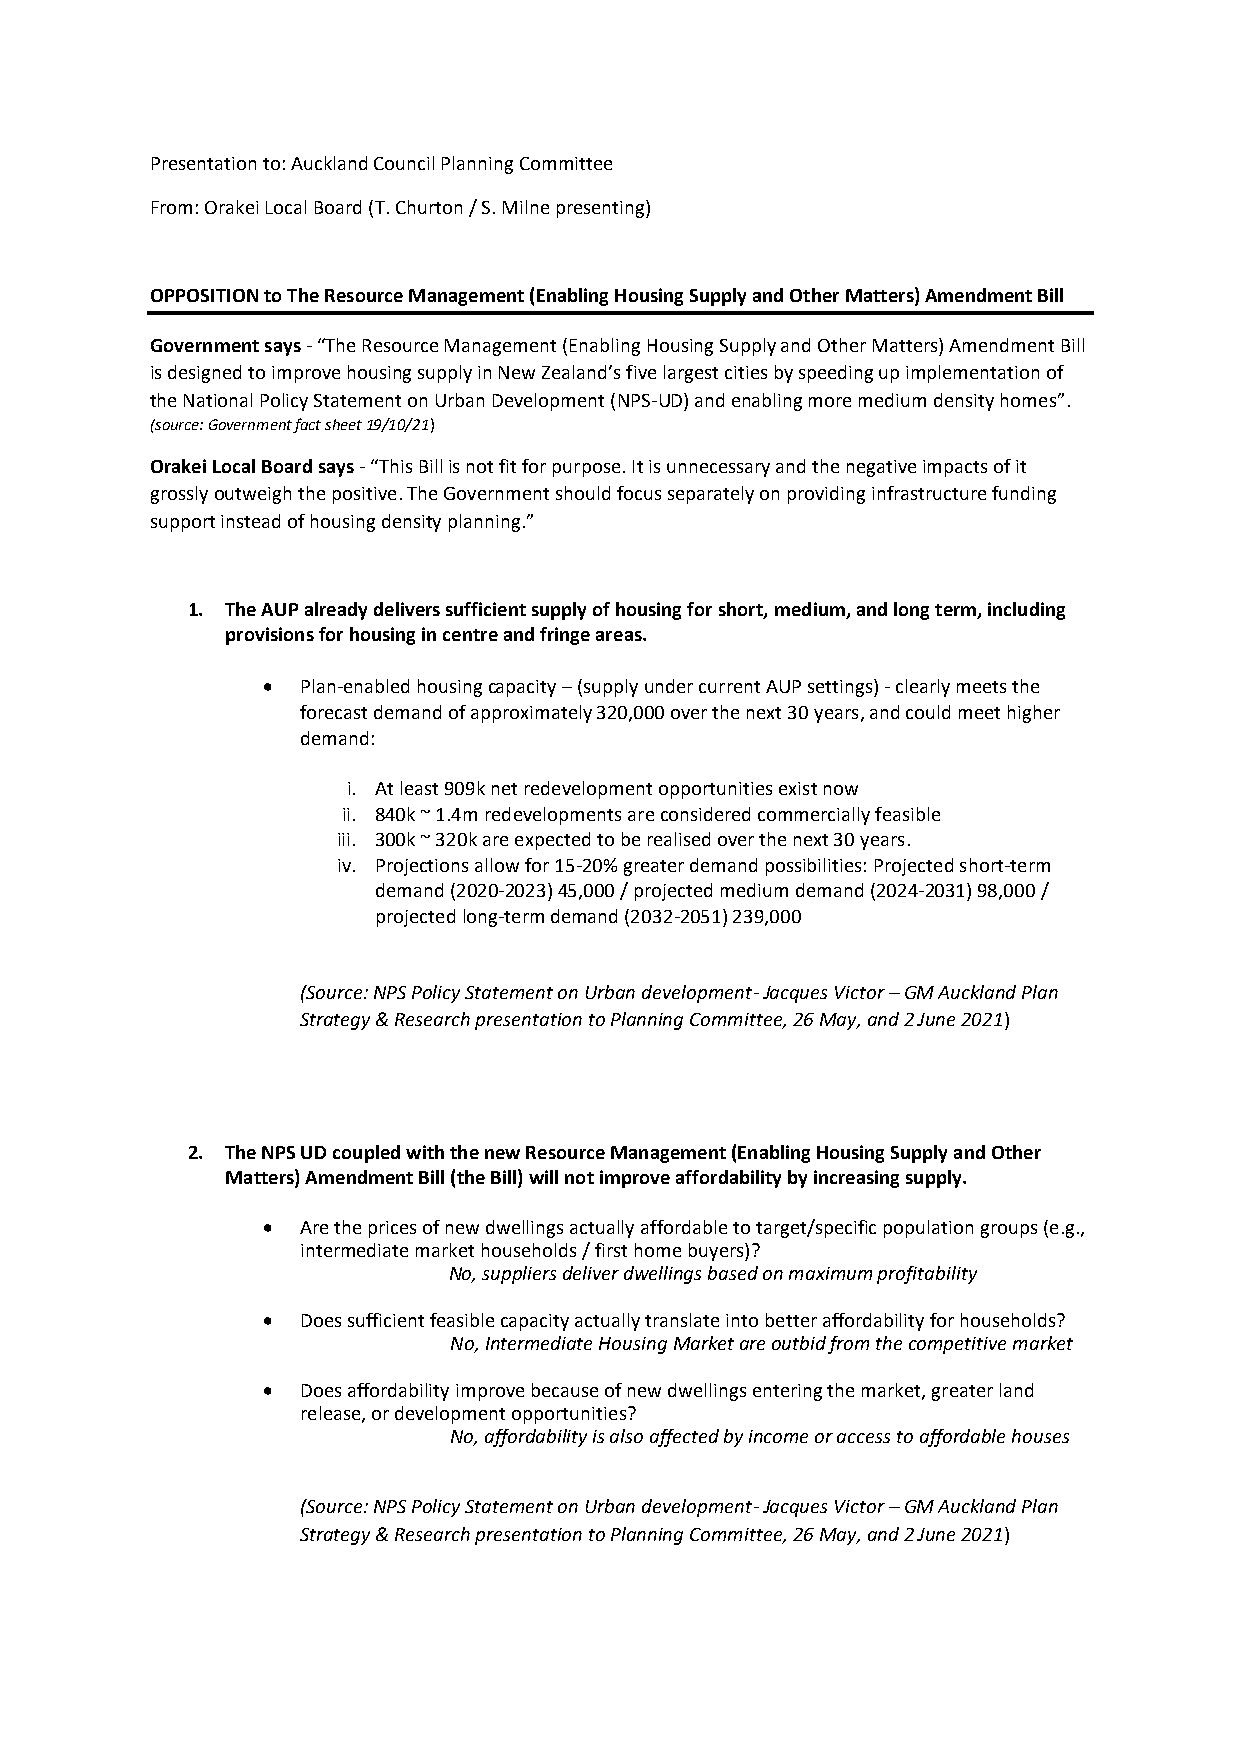
Presentation to: Auckland Council Planning Committee
 From: Orakei Local Board (T. Churton / S. Milne presenting)
 OPPOSITION to The Resource Management (Enabling Housing Supply and Other Matters) Amendment Bill
 Government says - “The Resource Management (Enabling Housing Supply and Other Matters) Amendment Bill
 is designed to improve housing supply in New Zealand’s five largest cities by speeding up implementation of
 the National Policy Statement on Urban Development (NPS-UD) and enabling more medium density homes”.
 (source: Government fact sheet 19/10/21)
 Orakei Local Board says - “This Bill is not fit for purpose. It is unnecessary and the negative impacts of it
 grossly outweigh the positive. The Government should focus separately on providing infrastructure funding
 support instead of housing density planning.”
 1. The AUP already delivers sufficient supply of housing for short, medium, and long term, including
 provisions for housing in centre and fringe areas.
 •  Plan-enabled housing capacity – (supply under current AUP settings) - clearly meets the
 forecast demand of approximately 320,000 over the next 30 years, and could meet higher
 demand:
 i. At least 909k net redevelopment opportunities exist now
 ii. 840k ~ 1.4m redevelopments are considered commercially feasible
 iii. 300k ~ 320k are expected to be realised over the next 30 years.
 iv. Projections allow for 15-20% greater demand possibilities: Projected short-term
 demand (2020-2023) 45,000 / projected medium demand (2024-2031) 98,000 /
 projected long-term demand (2032-2051) 239,000
 (Source: NPS Policy Statement on Urban development- Jacques Victor – GM Auckland Plan
 Strategy & Research presentation to Planning Committee, 26 May, and 2 June 2021)
 2. The NPS UD coupled with the new Resource Management (Enabling Housing Supply and Other
 Matters) Amendment Bill (the Bill) will not improve affordability by increasing supply.
 •  Are the prices of new dwellings actually affordable to target/specific population groups (e.g.,
 intermediate market households / first home buyers)?
 No, suppliers deliver dwellings based on maximum profitability
 •  Does sufficient feasible capacity actually translate into better affordability for households?
 No, Intermediate Housing Market are outbid from the competitive market
 •  Does affordability improve because of new dwellings entering the market, greater land
 release, or development opportunities?
 No, affordability is also affected by income or access to affordable houses
 (Source: NPS Policy Statement on Urban development- Jacques Victor – GM Auckland Plan
 Strategy & Research presentation to Planning Committee, 26 May, and 2 June 2021)